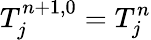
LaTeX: T_{j}^{n+1,0}=T_{j}^{n}